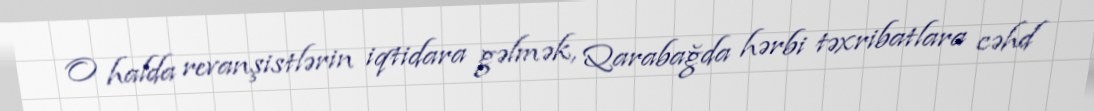
O halda revanşistlərin iqtidara gəlmək, Qarabağda hərbi təxribatlara cəhd